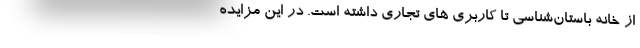
از خانه باستان‌شناسی تا کاربری های تجاری داشته است. در این مزایده